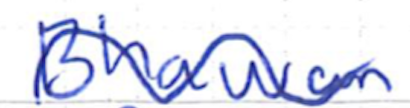
Text: Bhawan
Cross-out: wave
Writing tool: ballpoint